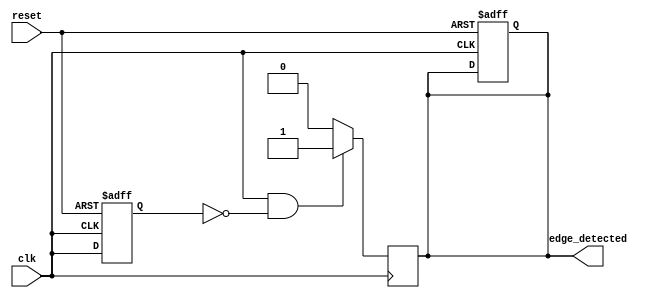
module positive_edge_detector (
    input wire clk,                // Input signal to detect edges
    input wire reset,              // Asynchronous reset signal
    output reg edge_detected       // Output pulse indicating edge detection
);

    reg previous_state;            // Register to hold the previous state of the input signal

    // D Flip-Flop to sample the input signal on the rising edge of the clock
    always @(posedge clk or posedge reset) begin
        if (reset) begin
            previous_state <= 1'b0; // Reset previous state to low
            edge_detected <= 1'b0;   // Reset output to low
        end else begin
            previous_state <= clk;   // Sample the input signal
        end
    end

    // Edge detection logic
    always @(posedge clk) begin
        if (clk && !previous_state) begin
            edge_detected <= 1'b1;    // Rising edge detected
        end else begin
            edge_detected <= 1'b0;     // Reset output after one clock cycle
        end
    end

endmodule